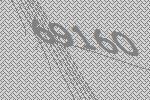
69160